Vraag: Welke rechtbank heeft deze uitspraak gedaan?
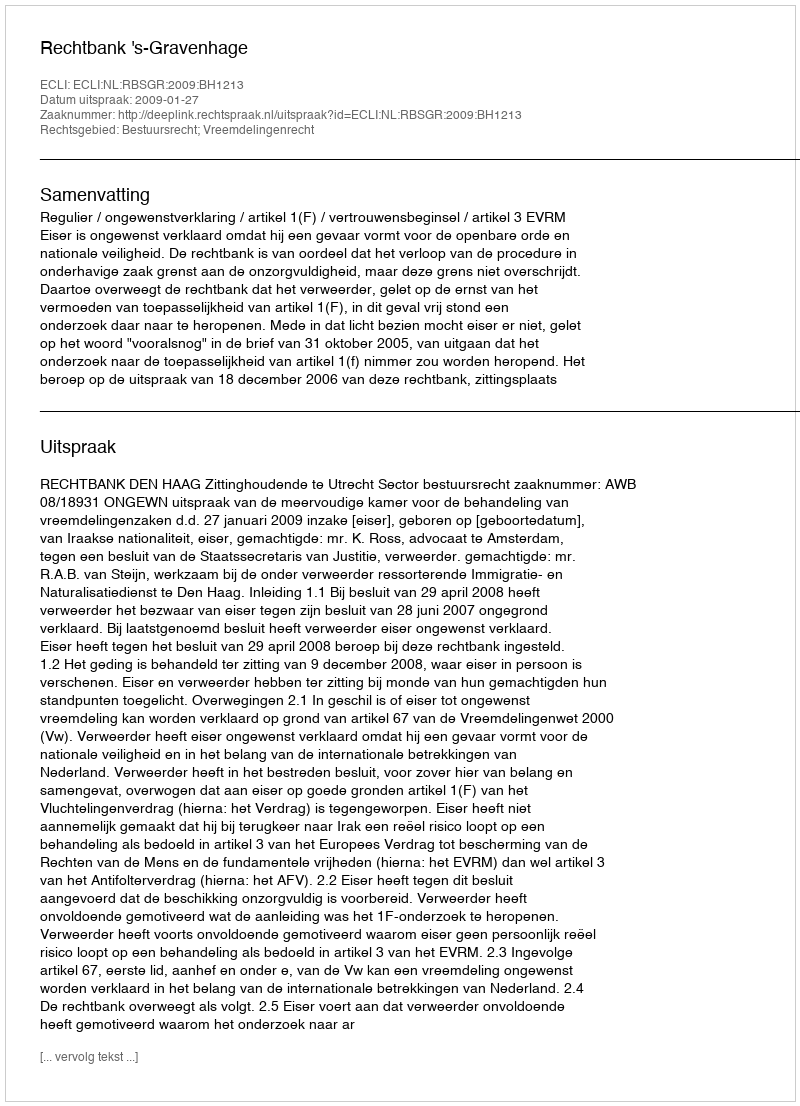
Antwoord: Rechtbank 's-Gravenhage